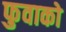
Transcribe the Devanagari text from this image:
फुवाको